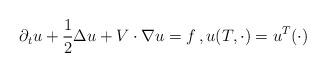
LaTeX: \begin{align*}\partial_tu+\frac{1}{2}\Delta u+V\cdot\nabla u = f\,,u(T,\cdot)=u^T(\cdot)\end{align*}